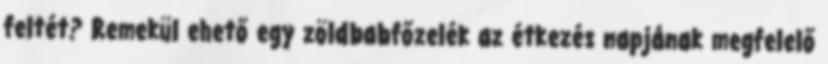
feltét? Remekül ehető egy zöldbabfőzelék az étkezés napjának megfelelő